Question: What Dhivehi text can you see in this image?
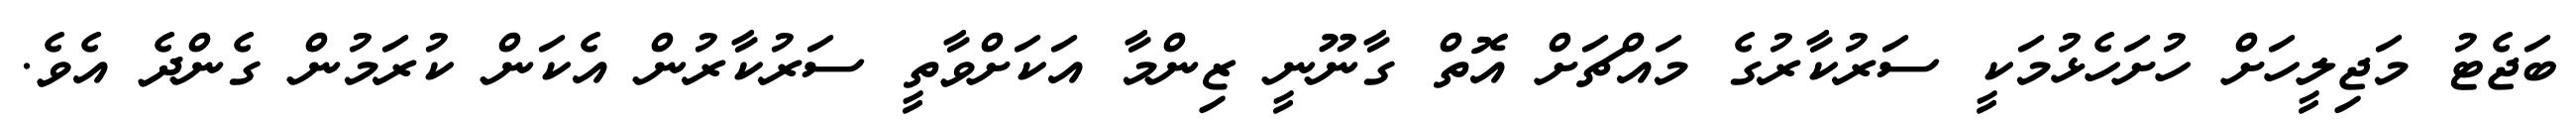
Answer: ބަޖެޓު މަޖިލީހަށް ހުށަހެޅުމަކީ ސަރުކާރުގެ މައްޗަށް އޮތް ގާނޫނީ ޒިންމާ އަކަށްވާތީ ސަރުކާރުން އެކަން ކުރަމުން ގެންދެ އެވެ.